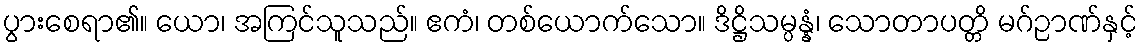
ပွားစေရာ၏။ ယော၊ အကြင်သူသည်။ ဧကံ၊ တစ်ယောက်သော။ ဒိဋ္ဌိသမ္ပန္နံ၊ သောတာပတ္တိ မဂ်ဉာဏ်နှင့်